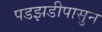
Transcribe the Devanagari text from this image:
पडझडीपासुन